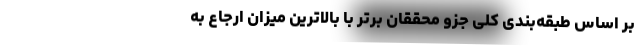
بر اساس طبقه‌بندی کلی جزو محققان برتر با بالاترین میزان ارجاع به